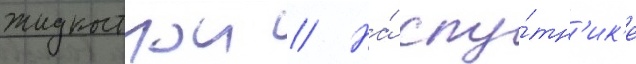
жидкостнои // На́ спу́тн'ик'е